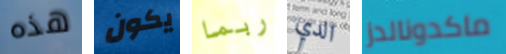
هذه يكون ربما الدي ماكدونالدز